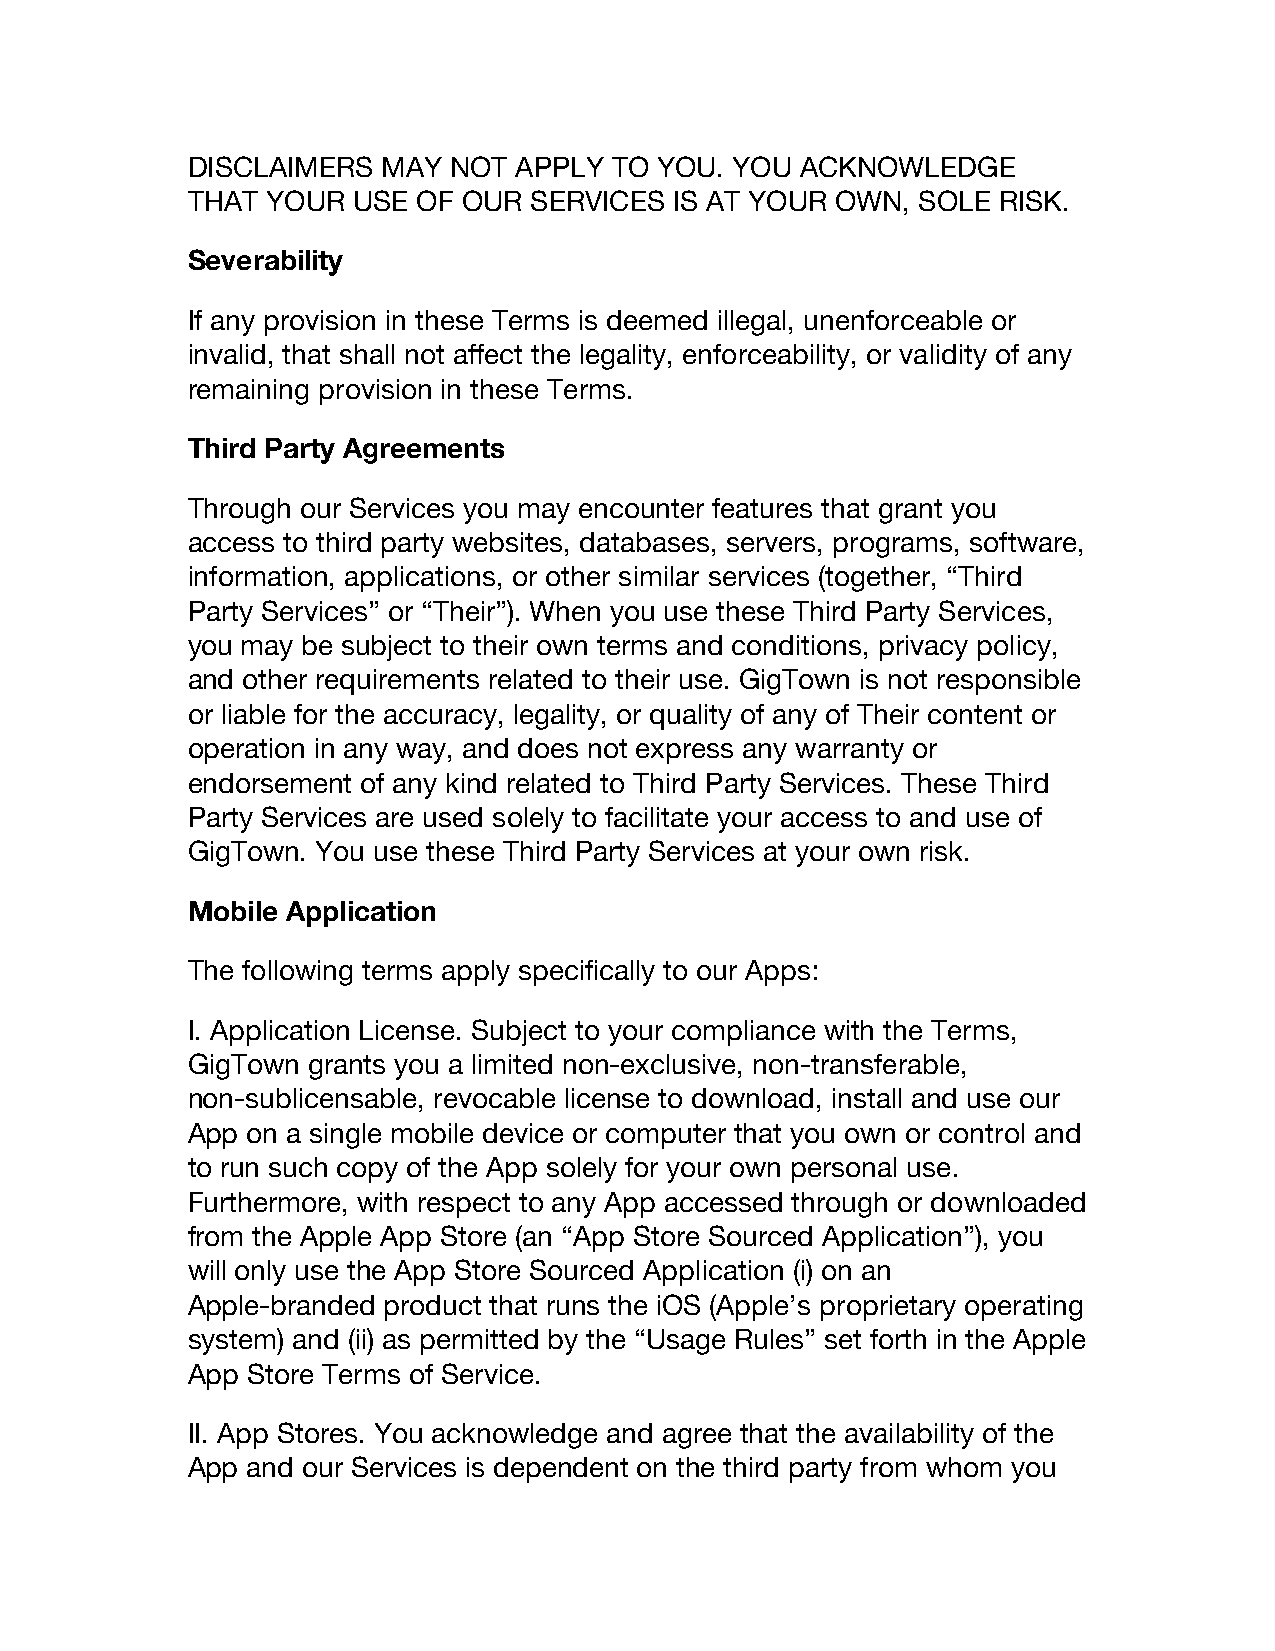
DISCLAIMERS  MAY  NOT APPLY  TO YOU. YOU ACKNOWLEDGE
 THAT  YOUR USE  OF OUR SERVICES  IS AT YOUR OWN, SOLE RISK.
 Severability
 If any provision in these Terms is deemed illegal, unenforceable or
 invalid, that shall not affect the legality, enforceability, or validity of any
 remaining provision in these Terms.
 Third Party Agreements
 Through our Services you may encounter features that grant you
 access to third party websites, databases, servers, programs, software,
 information, applications, or other similar services (together, “Third
 Party Services” or “Their”). When you use these Third Party Services,
 you may be subject to their own terms and conditions, privacy policy,
 and other requirements related to their use. GigTown is not responsible
 or liable for the accuracy, legality, or quality of any of Their content or
 operation in any way, and does not express any warranty or
 endorsement of any kind related to Third Party Services. These Third
 Party Services are used solely to facilitate your access to and use of
 GigTown. You use these Third Party Services at your own risk.
 Mobile Application
 The following terms apply specifically to our Apps:
 I. Application License. Subject to your compliance with the Terms,
 GigTown grants you a limited non-exclusive, non-transferable,
 non-sublicensable, revocable license to download, install and use our
 App on a single mobile device or computer that you own or control and
 to run such copy of the App solely for your own personal use.
 Furthermore, with respect to any App accessed through or downloaded
 from the Apple App Store (an “App Store Sourced Application”), you
 will only use the App Store Sourced Application (i) on an
 Apple-branded product that runs the iOS (Apple’s proprietary operating
 system) and (ii) as permitted by the “Usage Rules” set forth in the Apple
 App Store Terms of Service.
 II. App Stores. You acknowledge and agree that the availability of the
 App and our Services is dependent on the third party from whom you